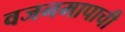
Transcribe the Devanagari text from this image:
वजनमापाची